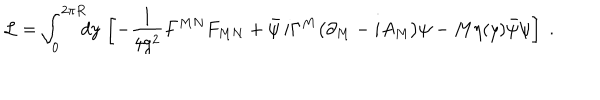
{ \cal L } = \int _ { 0 } ^ { 2 \pi R } \! \! \! d y \, \left[ - \frac { 1 } { 4 g ^ { 2 } } F ^ { M N } F _ { M N } + \bar { \psi } \, i \Gamma ^ { M } \big ( \partial _ { M } - i A _ { M } \big ) \psi - M \eta ( y ) \bar { \psi } \psi \right] \; .